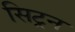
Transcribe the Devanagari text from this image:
सिट्रन